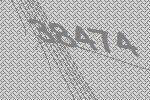
38474